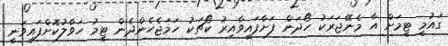
ގައުމީ ޓީމަށް އާ މެނޭޖަރަކު ހޯދަން ފަށާފައިވާއިރު ކޯޗަކު ހަމަޖެހެންދެން ޓީމު ހަވާލުކޮށްފައިވަނީ